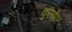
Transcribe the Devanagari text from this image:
कुलपैपर